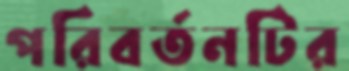
পরিবর্তনটির